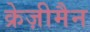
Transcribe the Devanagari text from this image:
क्रेज़ीमैन